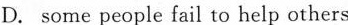
D. some people fail to help others